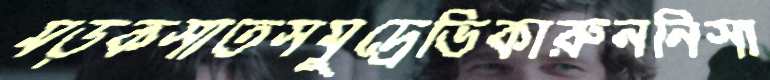
মড়কসাতসমুদ্রেভিকারুননিসা